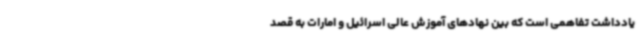
یادداشت تفاهمی است که بین نهادهای آموزش عالی اسرائیل و امارات به قصد